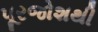
પૂરજોશથી